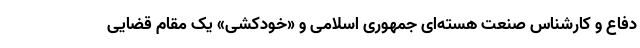
دفاع و کارشناس صنعت هسته‌ای جمهوری اسلامی و «خودکشی» یک مقام قضایی